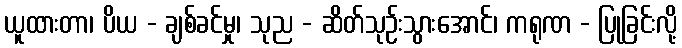
ယူထားတာ၊ ပိယ - ချစ်ခင်မှု၊ သုည - ဆိတ်သုဉ်းသွားအောင်၊ ကရုဏ - ပြုခြင်းလို့